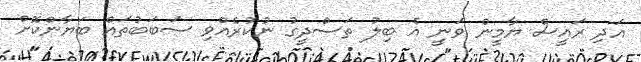
އަދި ރައީސް ޔާމީން ވަނީ އެ ބިލު ތަސްދީގު ނުކުރެއްވި ސަބަބުތައް ބަޔާންކޮށް